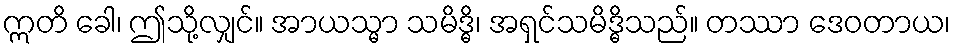
ဣတိ ခေါ၊ ဤသို့လျှင်။ အာယသ္မာ သမိဒ္ဓိ၊ အရှင်သမိဒ္ဓိသည်။ တဿာ ဒေဝတာယ၊